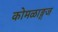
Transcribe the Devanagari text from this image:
कोमळाङ्गज